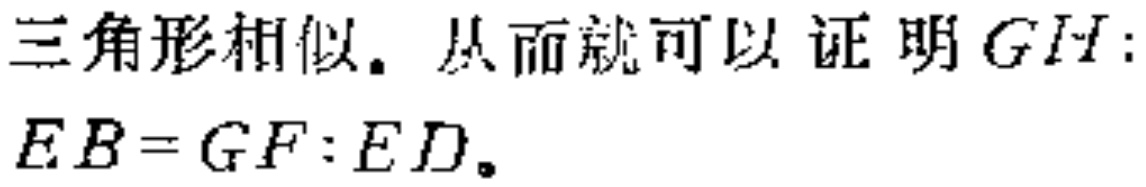
三角形相似。从而就可以证明 \(GH:EB = GF:ED\)。